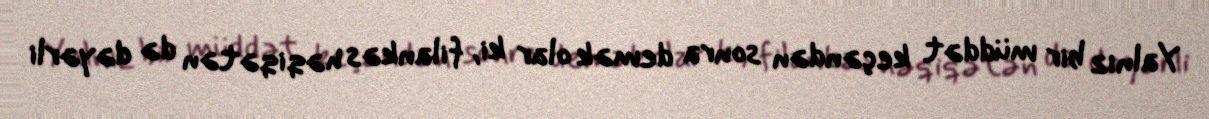
Yalnız bir müddət keçəndən sonra demək olar ki, filankəs həqiqətən də dəyərli